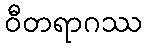
ဝီတရာဂဿ